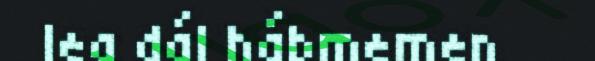
lea dál hábmemen